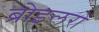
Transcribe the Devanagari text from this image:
ब्रोइलरों